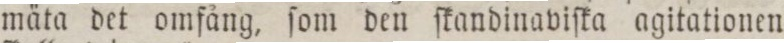
mäta det omfång, ſom den ſkandinaviſka agitationen